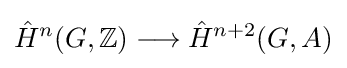
{\hat {H}}^{n}(G,\mathbb {Z} )\longrightarrow {\hat {H}}^{n+2}(G,A)